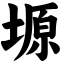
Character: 塬